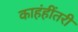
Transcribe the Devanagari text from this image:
काहंहींतरी